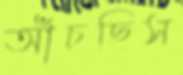
আঁচছিস